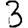
Digit: 3